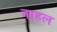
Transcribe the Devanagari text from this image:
नाहल